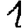
Digit: 1